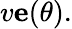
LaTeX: v{\mathbf e}(\theta).